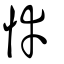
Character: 悻